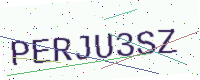
Text: PERJU3SZ